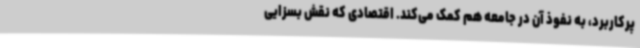
پرکاربرد، به نفوذ آن در جامعه هم کمک می‌کند. اقتصادی که نقش بسزایی